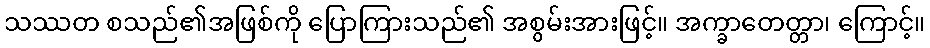
သဿတ စသည်၏အဖြစ်ကို ပြောကြားသည်၏ အစွမ်းအားဖြင့်။ အက္ခာတေတ္တာ၊ ကြောင့်။